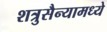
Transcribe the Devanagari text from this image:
शत्रुसैन्यामध्ये